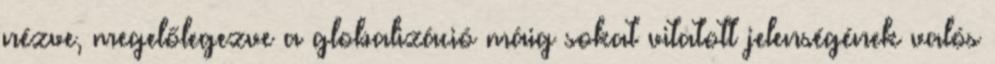
nézve, megelőlegezve a globalizáció máig sokat vitatott jelenségének valós